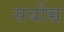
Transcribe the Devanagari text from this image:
सर्बोच्च